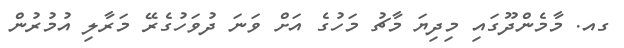
ގއ. މާމެންދޫގައި މިދިޔަ މާޗު މަހުގެ އަށް ވަނަ ދުވަހުގެރޭ މަރާލި އުމުރުން